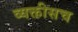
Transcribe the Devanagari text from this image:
व्यक्तीसच